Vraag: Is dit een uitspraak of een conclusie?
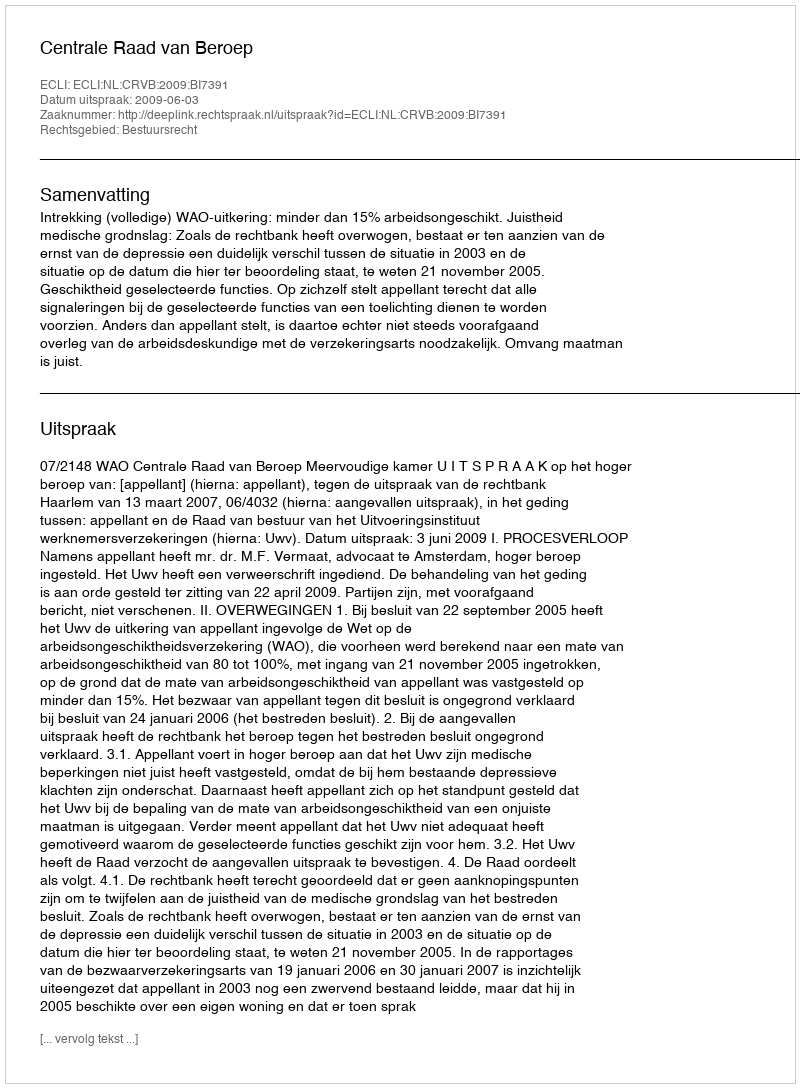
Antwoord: Uitspraak